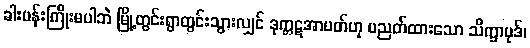
ခါးပန်းကြိုးမပါဘဲ မြို့တွင်းရွာတွင်းသွားလျှင် ဒုက္ကဋအာပတ်ဟု ပညတ်ထားသော သိက္ခာပုဒ်၊